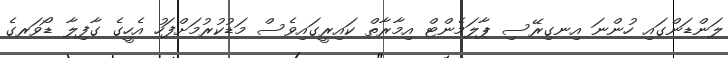
ލަންޑަންގައި ހުންނަ އިނގިރޭސި ޕާލަމެންޓް އިމާރާތް ކައިރީގައިވެސް މަޑުކުރުމަށްފަހު އެހީގެ ގާފިލާ ޑޯވަރގެ